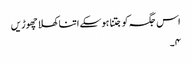
اس جگہ کو جتنا ہوسکے اتنا کھلا چھوڑیں
۴۔